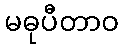
မဓုပီတာဝ